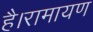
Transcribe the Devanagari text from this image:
है।रामायण